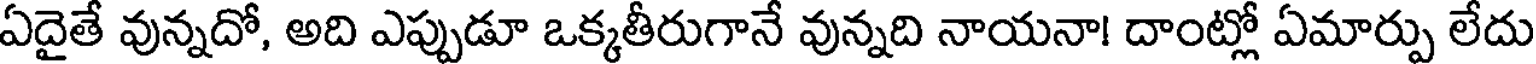
ఏదైతే వున్నదో, అది ఎప్పుడూ ఒక్కతీరుగానే వున్నది నాయనా! దాంట్లో ఏమార్పు లేదు